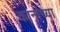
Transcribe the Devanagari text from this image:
कानांच्या